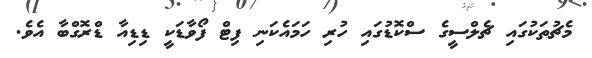
މެޗުތަކުގައި ޗެލްސީގެ ސްކޮޑުގައި ހުރި ހަމައެކަނި ފިޓް ފޯވާޑަކީ ޑިޑިއާ ޑްރޮގްބާ އެވެ.